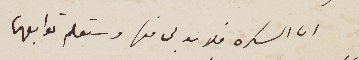
اما السكره فلا بد لى منها وستعلم توابعها